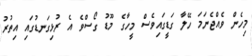
މިހެން ވެއްޖެނަމަ ހޭލާ ގަޑީގައިވެސް މީހާގެ މޫޑު ގޯސްވެ އެ ރުޅިގަނޑުގައި އިތުރު